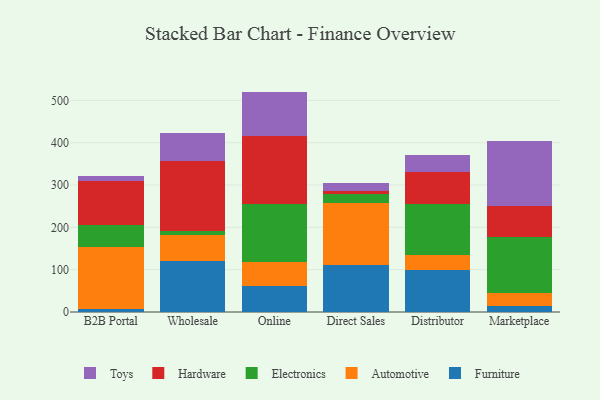
{"axis": {"x": "Channel", "y": "Gross Profit (USD K)"}, "legend": ["Automotive", "Electronics", "Furniture", "Hardware", "Toys"], "data": [{"x": "B2B Portal", "y": 6.4, "type": "Furniture"}, {"x": "B2B Portal", "y": 147.3, "type": "Automotive"}, {"x": "B2B Portal", "y": 52.5, "type": "Electronics"}, {"x": "B2B Portal", "y": 104.5, "type": "Hardware"}, {"x": "B2B Portal", "y": 11.8, "type": "Toys"}, {"x": "Wholesale", "y": 121.7, "type": "Furniture"}, {"x": "Wholesale", "y": 60.7, "type": "Automotive"}, {"x": "Wholesale", "y": 8.6, "type": "Electronics"}, {"x": "Wholesale", "y": 166.5, "type": "Hardware"}, {"x": "Wholesale", "y": 64.6, "type": "Toys"}, {"x": "Online", "y": 61.3, "type": "Furniture"}, {"x": "Online", "y": 55.9, "type": "Automotive"}, {"x": "Online", "y": 136.9, "type": "Electronics"}, {"x": "Online", "y": 161.5, "type": "Hardware"}, {"x": "Online", "y": 105.2, "type": "Toys"}, {"x": "Direct Sales", "y": 110.2, "type": "Furniture"}, {"x": "Direct Sales", "y": 147.7, "type": "Automotive"}, {"x": "Direct Sales", "y": 20.1, "type": "Electronics"}, {"x": "Direct Sales", "y": 8.8, "type": "Hardware"}, {"x": "Direct Sales", "y": 17.9, "type": "Toys"}, {"x": "Distributor", "y": 100.0, "type": "Furniture"}, {"x": "Distributor", "y": 34.6, "type": "Automotive"}, {"x": "Distributor", "y": 121.4, "type": "Electronics"}, {"x": "Distributor", "y": 74.2, "type": "Hardware"}, {"x": "Distributor", "y": 39.7, "type": "Toys"}, {"x": "Marketplace", "y": 14.0, "type": "Furniture"}, {"x": "Marketplace", "y": 31.6, "type": "Automotive"}, {"x": "Marketplace", "y": 131.8, "type": "Electronics"}, {"x": "Marketplace", "y": 73.4, "type": "Hardware"}, {"x": "Marketplace", "y": 154.3, "type": "Toys"}]}